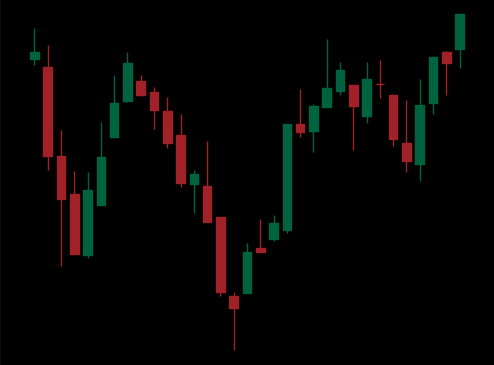
Pattern: inverse_head_shoulders